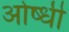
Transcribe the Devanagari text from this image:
ओष्धी